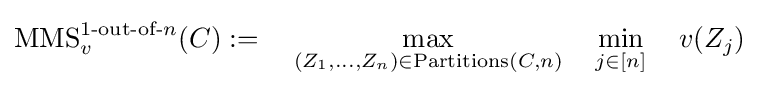
\operatorname {MMS} _{v}^{1{\text{-out-of-}}n}(C):=~~~\max _{(Z_{1},\ldots ,Z_{n})\in \operatorname {Partitions} (C,n)}~~~\min _{j\in [n]}~~~v(Z_{j})